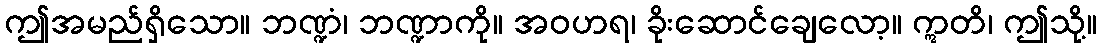
ဤအမည်ရှိသော။ ဘဏ္ဍံ၊ ဘဏ္ဍာကို။ အဝဟရ၊ ခိုးဆောင်ချေလော့။ ဣတိ၊ ဤသို့။